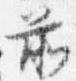
前